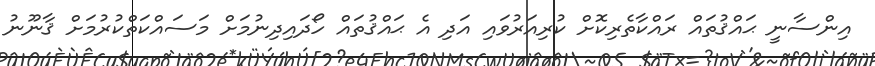
އިންސާނީ ޙައްޤުތައް ރައްކާތެރިކޮށް ކުރިއަރުވައި އަދި އެ ޙައްޤުތައް ހޯދައިދިނުމަށް މަސައްކަތްކުރުމަށް ޤާނޫނު